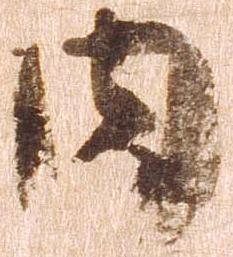
内